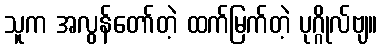
သူက အလွန်တော်တဲ့ ထက်မြက်တဲ့ ပုဂ္ဂိုလ်ဗျ။